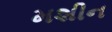
મશીન